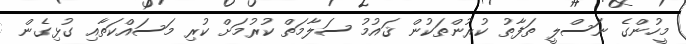
މީހުންގެ ނަސްލީ ތަފާތު ކުރުންތަކުން ޤައުމު ސަލާމަތް ކުރުމަށް ކުރި މަސައްކަތާއި ގުޅިގެން